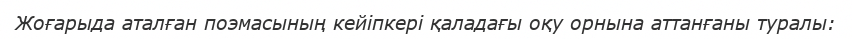
Жоғарыда аталған поэмасының кейіпкері қаладағы оқу орнына аттанғаны туралы: